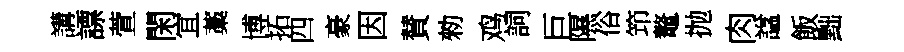
講謤萱閑宜藁博拓四豪因賛勑鸡詞巨隰俗笻鼇抛肉諡飯黜